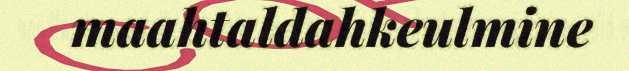
maahtaldahkeulmine